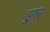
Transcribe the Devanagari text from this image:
डूगर्